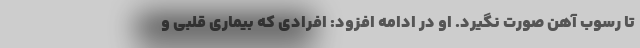
تا رسوب آهن صورت نگیرد. او در ادامه افزود: افرادی که بیماری قلبی و